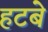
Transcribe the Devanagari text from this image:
हटबे